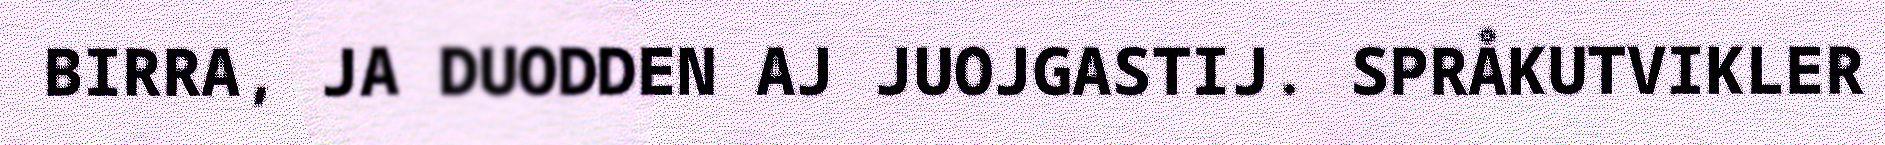
BIRRA, JA DUODDEN AJ JUOJGASTIJ. SPRÅKUTVIKLER